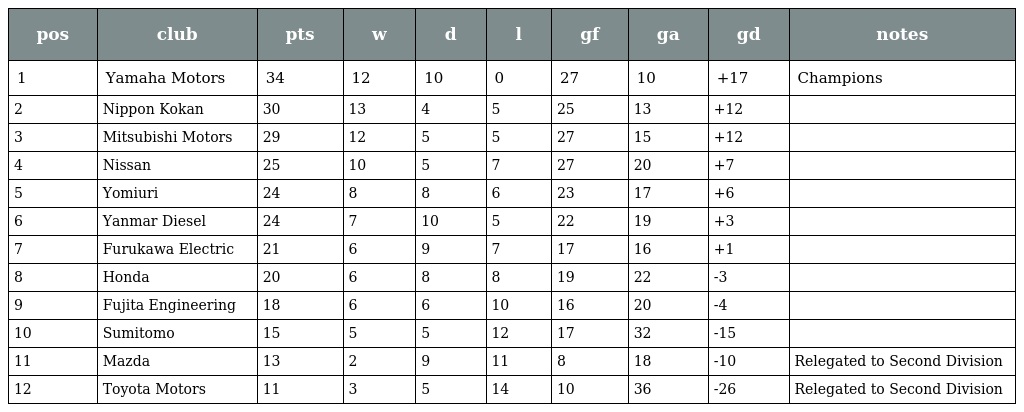
| pos | club | pts | w | d | l | gf | ga | gd | notes |
 | --- | --- | --- | --- | --- | --- | --- | --- | --- | --- |
 | 1 | Yamaha Motors | 34 | 12 | 10 | 0 | 27 | 10 | +17 | Champions |
 | 2 | Nippon Kokan | 30 | 13 | 4 | 5 | 25 | 13 | +12 |  |
 | 3 | Mitsubishi Motors | 29 | 12 | 5 | 5 | 27 | 15 | +12 |  |
 | 4 | Nissan | 25 | 10 | 5 | 7 | 27 | 20 | +7 |  |
 | 5 | Yomiuri | 24 | 8 | 8 | 6 | 23 | 17 | +6 |  |
 | 6 | Yanmar Diesel | 24 | 7 | 10 | 5 | 22 | 19 | +3 |  |
 | 7 | Furukawa Electric | 21 | 6 | 9 | 7 | 17 | 16 | +1 |  |
 | 8 | Honda | 20 | 6 | 8 | 8 | 19 | 22 | -3 |  |
 | 9 | Fujita Engineering | 18 | 6 | 6 | 10 | 16 | 20 | -4 |  |
 | 10 | Sumitomo | 15 | 5 | 5 | 12 | 17 | 32 | -15 |  |
 | 11 | Mazda | 13 | 2 | 9 | 11 | 8 | 18 | -10 | Relegated to Second Division |
 | 12 | Toyota Motors | 11 | 3 | 5 | 14 | 10 | 36 | -26 | Relegated to Second Division |